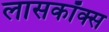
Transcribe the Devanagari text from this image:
लासकॉक्स